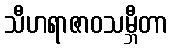
သီဟရာဇာဝသမ္ဘီတာ